Vaccination in the Punjab 1919-1929 - 1919-1929
Year: 1919
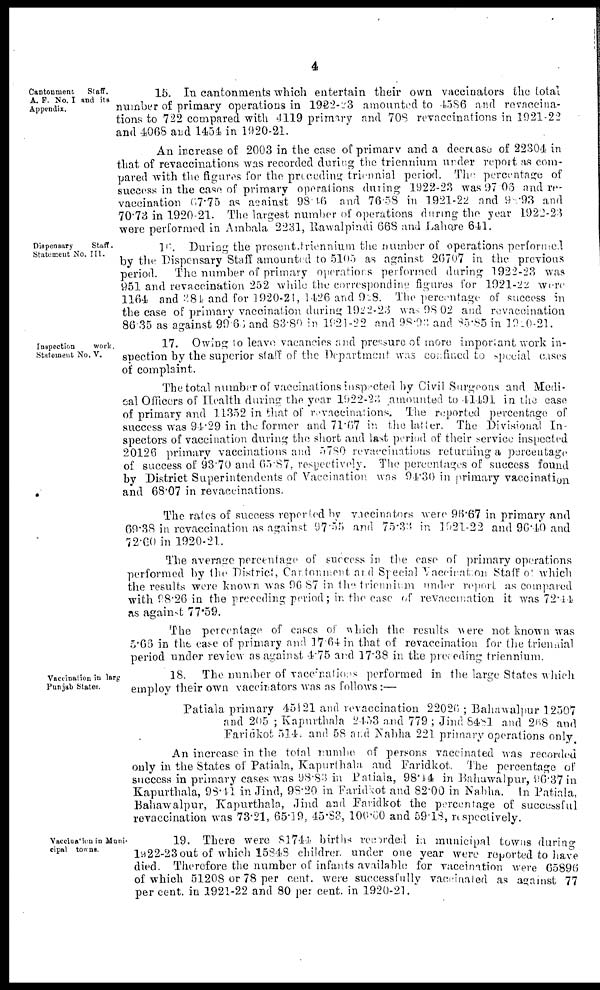
4
Cantonment
Staff.
A. F. No. I and its
Appendix.
15. In cantonments which entertain their own vaccinators the total
number of primary operations in 1922-23 amounted to 1586 and revaccina-
tions to 722 compared with 4119 primary and 708 revaccinations in 1921-22
and 4068 and 1454 in 1920-21.
An increase of 2003 in the case of primary and a decrease of 22304 in
that of revaccinations was recorded during the triennium under report as com-
pared with the figures for the proceding triennial period. The percentage of
success in the case of primary operations during 1922-23 was 97.06 and re-
vaccination 67.75 as against 98.46 and 76.58 in 1921-22 and 9.93 and
70.73 in 1920-21. The largest number of operations during the year 1922-23
were performed in Ambala 2231, Rawalpindi 668 and Lahore 611.
Dispensary
Staff.
Statement No. III.
1 . During the present triennium the number of operations performed
by the Dispensary Staff amounted to 5105 as against 26707 in the previous
period.
The number of primary operations performed during 1922-23 was
951 and revaccination 252 while the corresponding figures for 1921-22 were
1164 and 284 and for 1920-21, 1426 and 928. The percentage of success in
the case of primary vaccination during 1922-23 was 98.02 and revaccination
86.35 as against 99. 66 and 83.80 in 1921-22 and 98.93 and 85.85 in 1920-21.
Inspection
work.
Statement No. V.
17. Owing to leave vacancies and pressure of more important work in-
spection by the superior staff of the Department was confined to special oases
of complaint.
The total number of vaccinations inspected by Civil Surgeons and Medi-
cal Officers of Health during the year 1922-23 amounted to 41491 in the case
of primary and 11352 in that of revaccinations.
The reported percentage of
success was 94.29 in the former and 71.67 in the latter. The Divisional In-
spectors of vaccination during the short and last period of their service inspected
20126 primary vaccinations and 5780 revaccinations returning a percentage
of success of 93.70 and 65.87, respectively. The percentages of success found
by District Superintendents of Vaccination was 94.30 in primary vaccination
and 68.07 in revaccinations.
The rates of success reported by vaccinators were 96.67 in primary and
69.38 in revaceination as against 97.55 and 75.33 in 1921-22 and 96.40 and
72.60 in 1920-21.
The average percentage of success in the case of primary operations
performed by the District, Cantenment and Special Vaccination Staff of which
the results were known was 96.87 in the triennium under report as compared
with 98.26 in the preceding period; in the case of revaccination it was 72.44
as against 77.59.
The percentage of cases of which the results were not known was
5.66 in the case of primary and 17.64 in that of revaccination for the triennial
period under review as against 4.75 and 17.38 in the preceding triennium.
Vaccination in larg
Punjab States.
18. The number of vaccinations performed in the large States which
employ their own vaccinators was as follows :—
Patiala primary 45121 and revaccination 22026 ; Bahawalpur 12507
and 205 ; Kapurthala 2433 and 779 ; Jind 8481 and 268 and
Faridkot 514 and 58 and Nabha 221 primary operations only
An increase in the total numbe of persons vaccinated was recorded
only in the States of Patiala, Kapurthala and Faridkot. The percentage of
success in primary cases was 98.83 in Patiala, 98.44 in Bahawalpur, 96.37 in
Kapurthala, 98.11 in Jind, 98.20 in Faridkot and 82.00 in Nabha. In Patiala,
Bahawalpur, Kapurthala, Jind and Faridkot the percentage of successful
revaccination was 73.21, 65.19, 45.83, 100.00 and 59.18, respectively.
Vaccination in Muni-
cipal towns,
19. There were 81744 births recorded in municipal towns during
1922-23 out of which 15848 children under one year were reported to have
died. Therefore the number of infants available for vaccination were 65896
of which 51208 or 78 per cent. were successfully vaccinated as against 77
per cent. in 1921-22 and 80 per cent. in 1920-21.